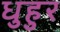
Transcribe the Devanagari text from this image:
धुहुर